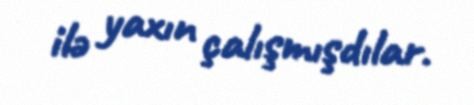
ilə yaxın çalışmışdılar.